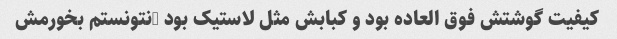
کیفیت گوشتش فوق العاده بود و کبابش مثل لاستیک بود …نتونستم بخورمش